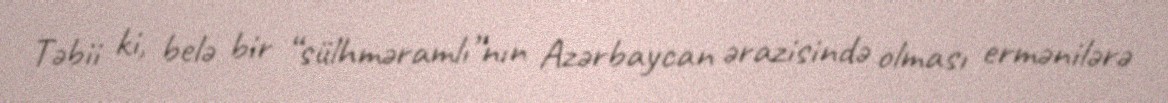
Təbii ki, belə bir “sülhməramlı”nın Azərbaycan ərazisində olması ermənilərə